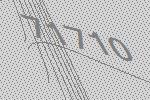
71710